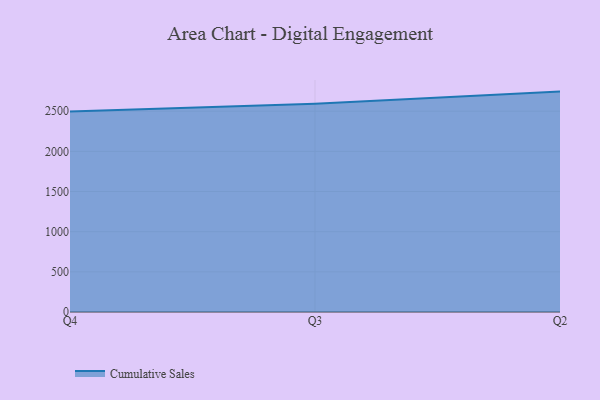
{"axis": {"x": "Quarter", "y": "Shipments"}, "legend": ["Cumulative Sales"], "data": [{"x": "Q4", "y": 2495.1, "type": "Cumulative Sales"}, {"x": "Q3", "y": 2591.6, "type": "Cumulative Sales"}, {"x": "Q2", "y": 2743.5, "type": "Cumulative Sales"}]}